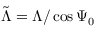
\tilde { \Lambda } = \Lambda / \cos \Psi _ { 0 }